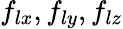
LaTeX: f_{lx},f_{ly},f_{lz}